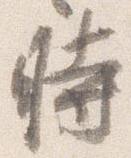
時